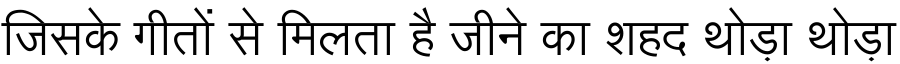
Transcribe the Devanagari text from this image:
जिसके गीतों से मिलता है जीने का शहद थोड़ा थोड़ा